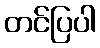
တင်ပြပါ